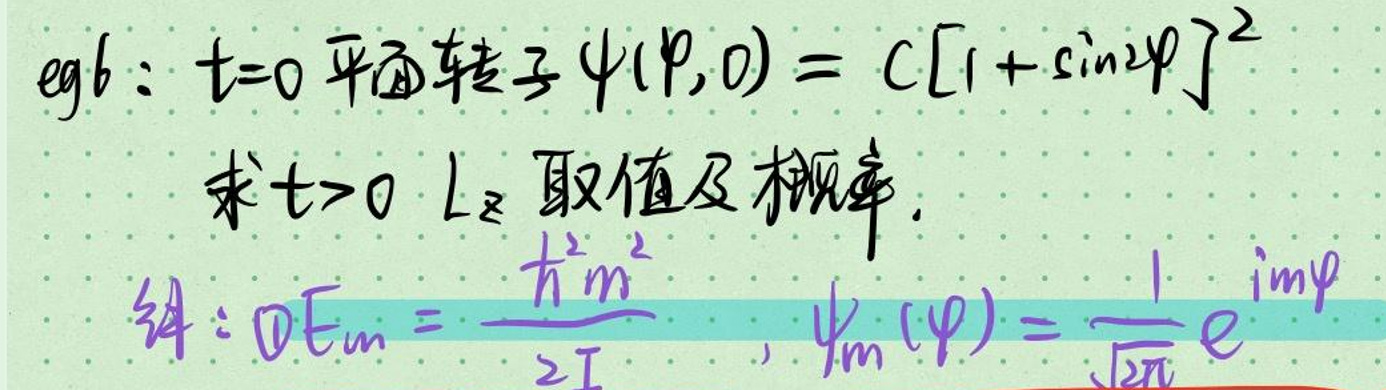
$egb: t = 0 $平面转子$\psi(p,0)=c[1+\sin^{2}\varphi]^{2}$\\
求$t>0\ L_{z}$取值及概率.\\
解$: \partial E_{m}=\frac{\hbar^{2}m^{2}}{2I},\ \psi_{m}(\varphi)=\frac{1}{\sqrt{2\pi}}e^{imp}$